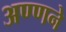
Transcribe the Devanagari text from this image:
अण्णने